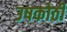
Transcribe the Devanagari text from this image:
उषकोठी